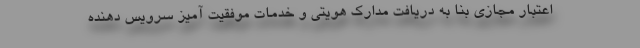
اعتبار مجازی بنا به دریافت مدارک هویتی و خدمات موفقیت آمیز سرویس دهنده